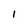
Character: l